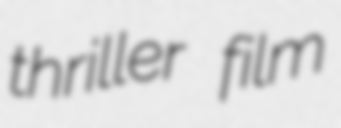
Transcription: thriller film